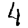
Digit: 4